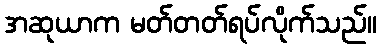
အဆုယာက မတ်တတ်ရပ်လိုက်သည်။